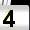
Digit: 4